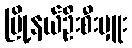
မြို့နယ်ဦးစီးမှူး